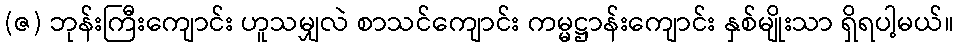
(ဇ) ဘုန်းကြီးကျောင်း ဟူသမျှလဲ စာသင်ကျောင်း ကမ္မဋ္ဌာန်းကျောင်း နှစ်မျိုးသာ ရှိရပါ့မယ်။